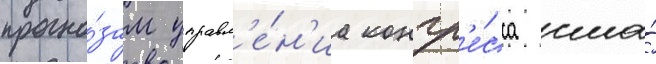
прогно́зам управл'е́н'иа конгр'е́сса сша́